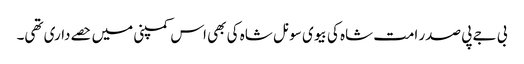
بی جے پی صدر امت شاہ کی بیوی سونل شاہ کی بھی اس کمپنی میں حصےداری تھی۔